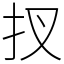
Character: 扠